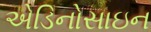
એડિનોસાઇન